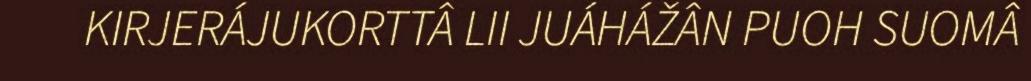
KIRJERÁJUKORTTÂ LII JUÁHÁŽÂN PUOH SUOMÂ